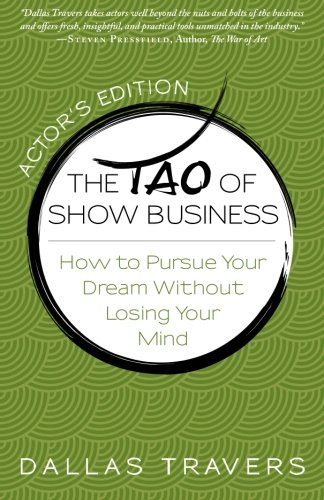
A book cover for The Tao of Show Business: How to Pursue Your Dream Without Losing Your Mind; Dallas Travers; Humor & Entertainment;